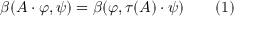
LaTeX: \quad \beta ( A \cdot \varphi , \psi ) = \beta ( \varphi , \tau ( A ) \cdot \psi ) \qquad ( 1 )